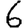
Digit: 6